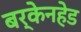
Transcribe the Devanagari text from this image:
बर्केनहेड